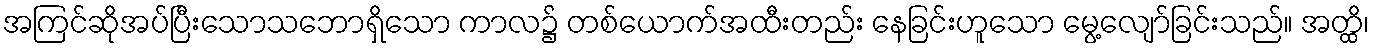
အကြင်ဆိုအပ်ပြီးသောသဘောရှိသော ကာလ၌ တစ်ယောက်အထီးတည်း နေခြင်းဟူသော မွေ့လျော်ခြင်းသည်။ အတ္ထိ၊